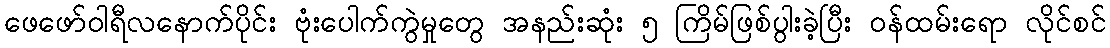
ဖေဖော်ဝါရီလနောက်ပိုင်း ဗုံးပေါက်ကွဲမှုတွေ အနည်းဆုံး ၅ ကြိမ်ဖြစ်ပွါးခဲ့ပြီး ဝန်ထမ်းရော လိုင်စင်